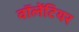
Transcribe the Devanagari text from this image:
वॉलेंटियर